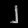
Digit: ၂